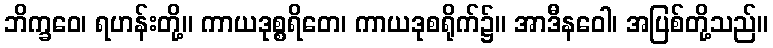
ဘိက္ခဝေ၊ ရဟန်းတို့။ ကာယဒုစ္စရိတေ၊ ကာယဒုစရိုက်၌။ အာဒီနဝေါ၊ အပြစ်တို့သည်။